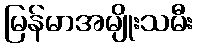
မြန်မာအမျိုးသမီး